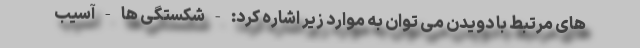
های مرتبط با دویدن می توان به موارد زیر اشاره کرد: - شکستگی ها - آسیب